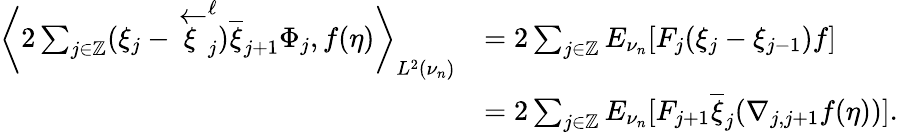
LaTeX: \begin{array}{rl}{\bigg\langle 2\sum_{j\in\mathbb{Z}}(\xi_{j}-\overleftarrow{\xi}_{j}^{\ell})\overline{{\xi}}_{j+1}\Phi_{j},f(\eta)\bigg\rangle_{L^{2}(\nu_{n})}}&{=2\sum_{j\in\mathbb{Z}}E_{\nu_{n}}[F_{j}(\xi_{j}-\xi_{j-1})f]}\\ &{=2\sum_{j\in\mathbb{Z}}E_{\nu_{n}}[F_{j+1}\overline{{\xi}}_{j}(\nabla_{j,j+1}f(\eta))].}\end{array}